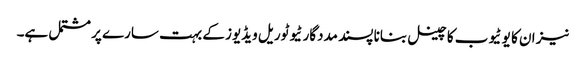
نیز ان کا یو ٹیوب کا چینل بنانا پسند مددگار ٹیوٹوریل ویڈیوز کے بہت سارے پر مشتمل ہے۔